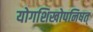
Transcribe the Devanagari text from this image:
योगशिखोपनिषत्‌